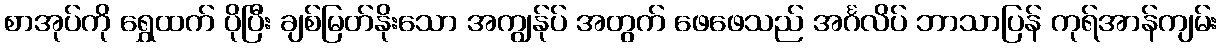
စာအုပ်ကို ရွှေထက် ပိုပြီး ချစ်မြတ်နိုးသော အကျွန်ုပ် အတွက် ဖေဖေသည် အင်္ဂလိပ် ဘာသာပြန် ကုရ်အာန်ကျမ်း